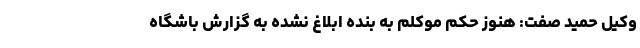
وکیل حمید صفت: هنوز حکم موکلم به بنده ابلاغ نشده به گزارش باشگاه